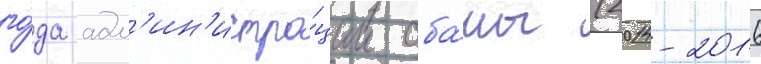
го́да адм'ин'истра́ции оба́мы (2014-2016